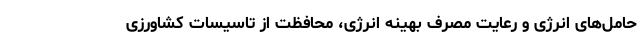
حامل‌های انرژی و رعایت مصرف بهینه انرژی، محافظت از تاسیسات کشاورزی